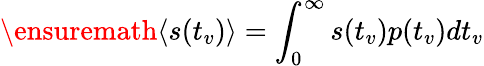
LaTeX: {\ensuremath{\left\langle s(t_{v})\right\rangle}}=\int_{0}^{\infty}s(t_{v})p(t_{v})dt_{v}